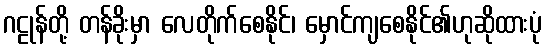
ဂဠုန်တို့ တန်ခိုးမှာ လေတိုက်စေနိုင်၊ မှောင်ကျစေနိုင်၏ဟုဆိုထားပုံ